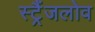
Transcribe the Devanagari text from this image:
स्ट्रैंजलोव